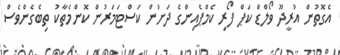
އެގޮތުން އުރީދޫ ވޯލްޑް ކަޕް ފޯރި ކެމްޕެއިންގެ ދަށުން ކަސްޓަމަރުން ކޮންމެތާކު ތިބެގެންވެސް